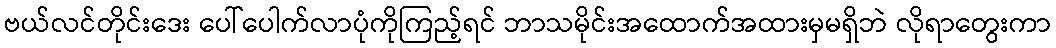
ဗယ်လင်တိုင်းဒေး ပေါ်ပေါက်လာပုံကိုကြည့်ရင် ဘာသမိုင်းအထောက်အထားမှမရှိဘဲ လိုရာတွေးကာ